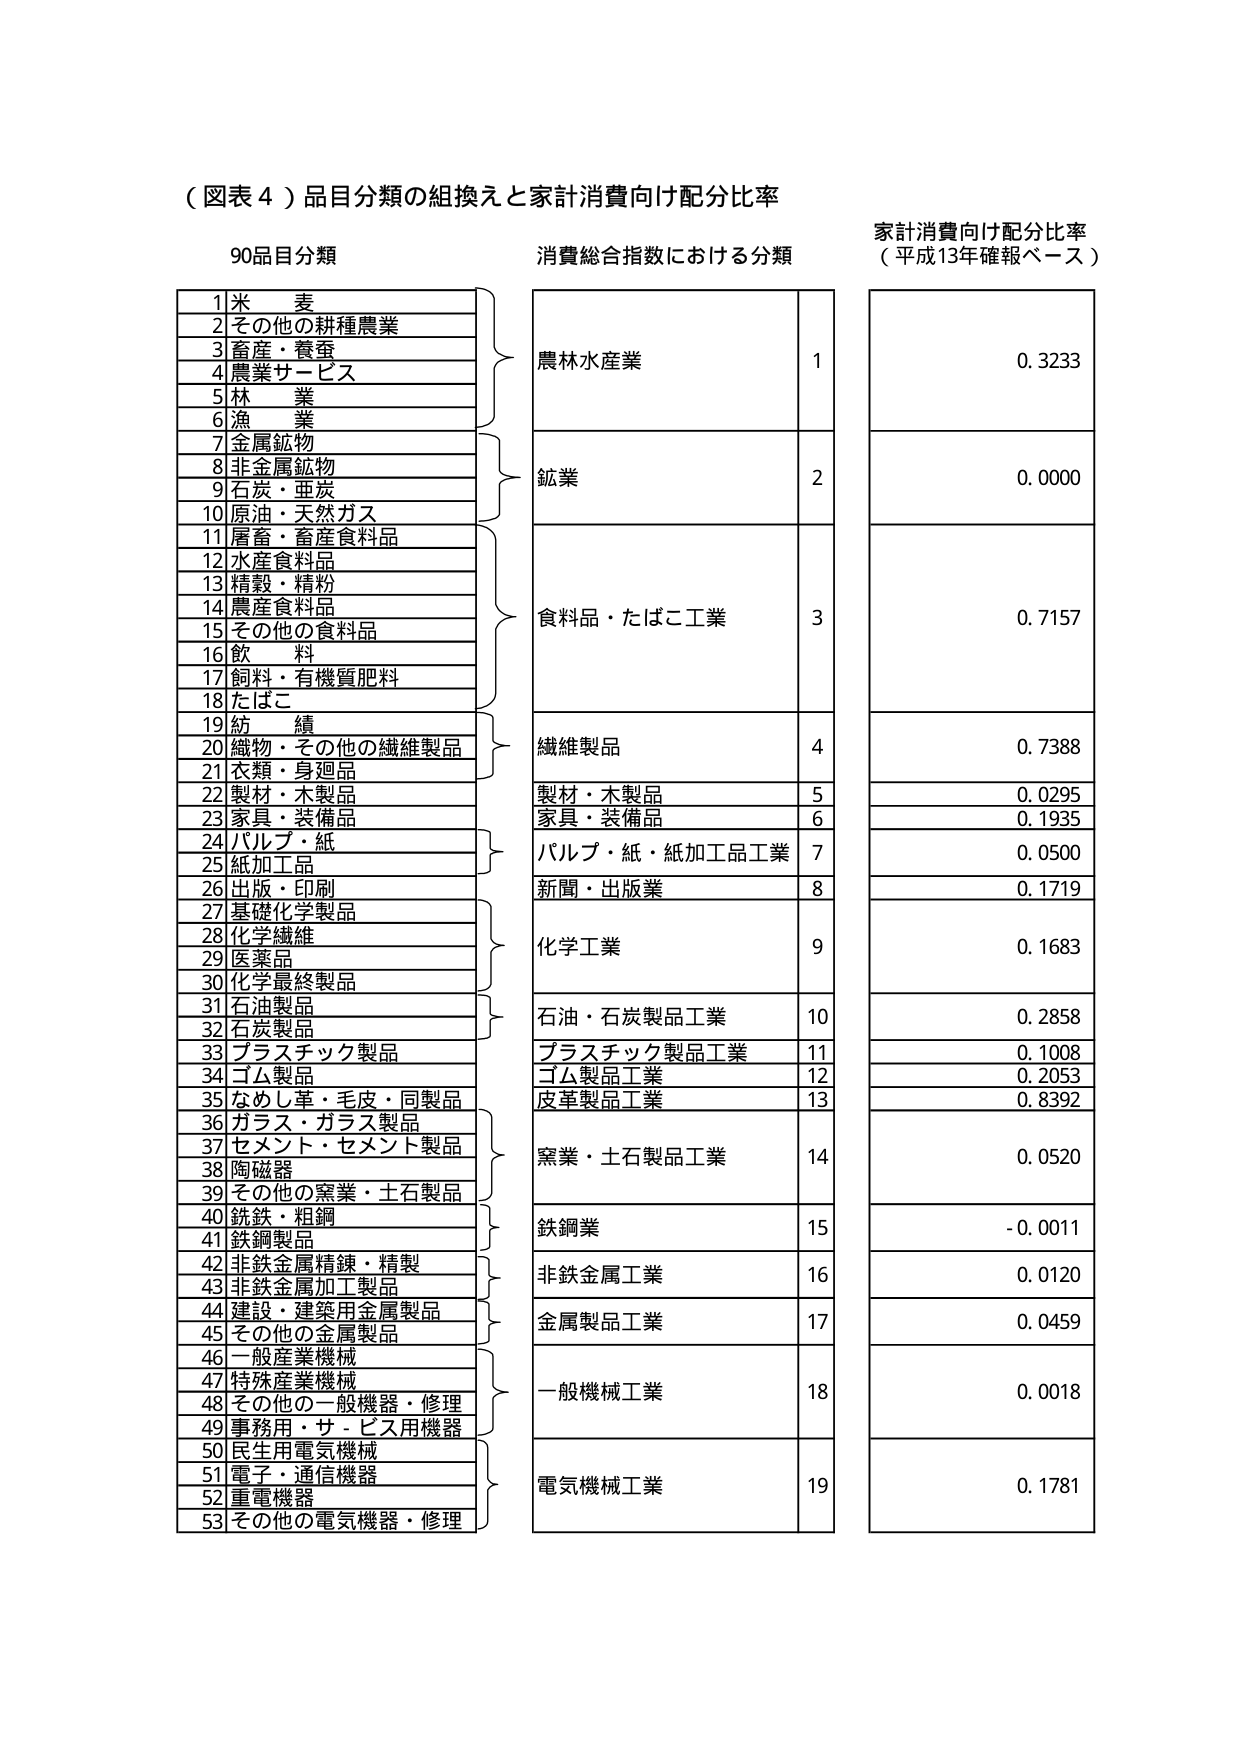
（図表４）品目分類の組換えと家計消費向け配分比率

90品目分類
1 米 麦
2 その他の耕種農業
3 畜産・養蚕
4 農業サービス
5 林 業
6 漁 業
7 金属鉱物
8 非金属鉱物
9 石炭・亜炭
10 原油・天然ガス
11 屠畜・畜産食料品
12 水産食料品
13 精穀・精粉
14 農産食料品
15 その他の食料品
16 飲 料
17 飼料・有機質肥料
18 たばこ
19 紡 績
20 織物・その他の繊維製品
21 衣類・身週品
22 製材・木製品
23 家具・装備品
24 パルプ・紙
25 紙加工品
26 出版・印刷
27 基礎化学製品
28 化学繊維
29 医薬品
30 化学最終製品
31 石油製品
32 石炭製品
33 プラスチック製品
34 ゴム製品
35 なめし革・毛皮・同製品
36 ガラス・ガラス製品
37 セメント・セメント製品
38 陶磁器
39 その他の窯業・土石製品
40 鉄鉄・粗鋼
41 鉄鋼製品
42 非鉄金属精錬・精製
43 非鉄金属加工製品
44 建設・建築用金属製品
45 その他の金属製品
46 一般産業機械
47 特殊産業機械
48 その他の一般機器・修理
49 事務用・サービス用機器
50 民生用電気機械
51 電子・通信機器
52 重電機器
53 その他の電気機器・修理

消費総合指数における分類
農林水産業 1
鉱業 2
食料品・たばこ工業 3
繊維製品 4
製材・木製品 5
家具・装備品 6
パルプ・紙・紙加工品工業 7
新聞・出版業 8
化学工業 9
石油・石炭製品工業 10
プラスチック製品工業 11
ゴム製品工業 12
皮革製品工業 13
窯業・土石製品工業 14
鉄鋼業 15
非鉄金属工業 16
金属製品工業 17
一般機械工業 18
電気機械工業 19

家計消費向け配分比率
（平成13年確報ベース）
0.3233
0.0000
0.7157
0.7388
0.0295
0.1935
0.0500
0.1719
0.1683
0.2858
0.1008
0.2053
0.8392
0.0520
-0.0011
0.0120
0.0459
0.0018
0.1781